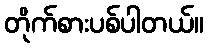
တိုက်စားပစ်ပါတယ်။